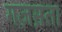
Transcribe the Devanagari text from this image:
गज़स़ता